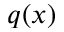
q ( x )